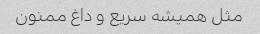
مثل همیشه سریع و داغ ممنون